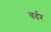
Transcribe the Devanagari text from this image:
वर्दर